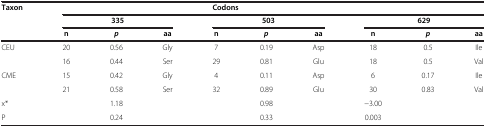
<table><thead><tr><td><b>Taxon</b></td><td><b> </b></td><td><b> </b></td><td><b> </b></td><td><b>Codons</b></td><td><b> </b></td><td><b> </b></td><td><b> </b></td><td><b> </b></td><td><b> </b></td></tr><tr><td><b> </b></td><td><b> </b></td><td><b>335</b></td><td><b> </b></td><td><b> </b></td><td><b>503</b></td><td><b> </b></td><td><b> </b></td><td><b>629</b></td><td><b> </b></td></tr><tr><td><b> </b></td><td><b>n</b></td><td><b><i>p</i></b></td><td><b>aa</b></td><td><b>n</b></td><td><b><i>p</i></b></td><td><b>aa</b></td><td><b>n</b></td><td><b><i>p</i></b></td><td><b>aa</b></td></tr></thead><tbody><tr><td rowspan="2">CEU</td><td>20</td><td>0.56</td><td>Gly</td><td>7</td><td>0.19</td><td>Asp</td><td>18</td><td>0.5</td><td>Ile</td></tr><tr><td>16</td><td>0.44</td><td>Ser</td><td>29</td><td>0.81</td><td>Glu</td><td>18</td><td>0.5</td><td>Val</td></tr><tr><td rowspan="2">CME</td><td>15</td><td>0.42</td><td>Gly</td><td>4</td><td>0.11</td><td>Asp</td><td>6</td><td>0.17</td><td>Ile</td></tr><tr><td>21</td><td>0.58</td><td>Ser</td><td>32</td><td>0.89</td><td>Glu</td><td>30</td><td>0.83</td><td>Val</td></tr><tr><td>x*</td><td> </td><td>1.18</td><td> </td><td> </td><td>0.98</td><td> </td><td>−3.00</td><td> </td><td> </td></tr><tr><td>P</td><td> </td><td>0.24</td><td> </td><td> </td><td>0.33</td><td> </td><td>0.003</td><td> </td><td> </td></tr></tbody></table>